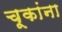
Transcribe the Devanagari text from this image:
चूकांना